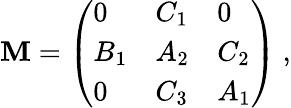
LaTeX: {\cal\mathbf{M}}=\left(\begin{array}{lll}{{0}}&{{C_{1}}}&{{0}}\\ {{B_{1}}}&{{A_{2}}}&{{C_{2}}}\\ {{0}}&{{C_{3}}}&{{A_{1}}}\end{array}\right)~,